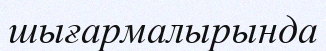
шығармалырында